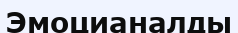
Эмоцианалды